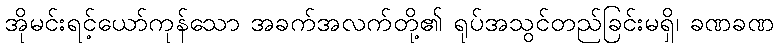
အိုမင်းရင့်ယော်ကုန်သော အခက်အလက်တို့၏ ရုပ်အသွင်တည်ခြင်းမရှိ၊ ခဏခဏ